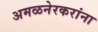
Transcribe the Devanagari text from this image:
अमळनेरकरांना